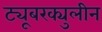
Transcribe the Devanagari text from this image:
ट्यूबरक्युलीन